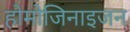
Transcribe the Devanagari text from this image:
होमोजिनाइजन